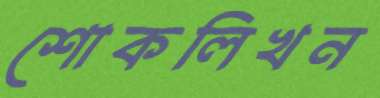
শোকলিখন